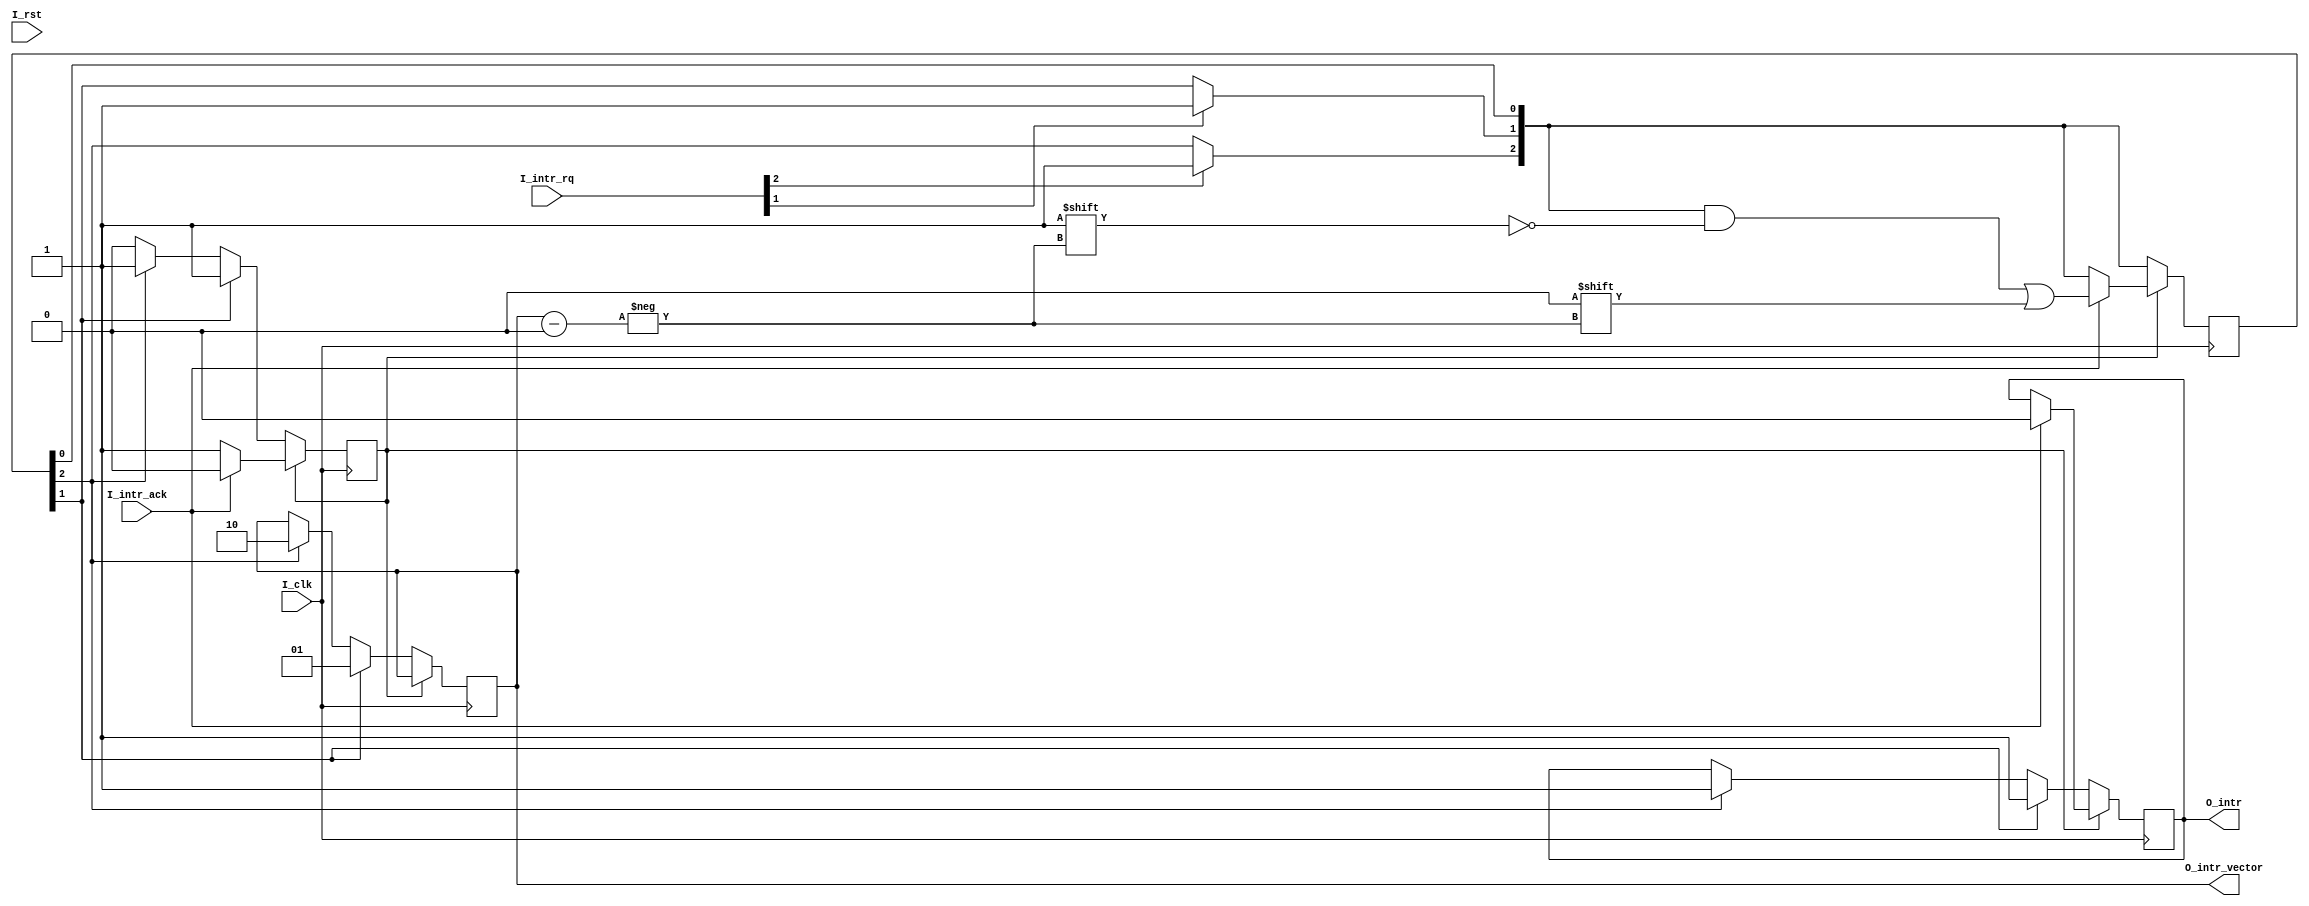
module intr_controller(
         input I_clk,
         input I_rst,
         input [2:0] I_intr_rq,
         input I_intr_ack,
         output reg O_intr = 0,
         output reg [1:0] O_intr_vector = 0
       );

reg wait_state = 0;
reg [2:0] intr_rq = 0;

always @(posedge I_clk) begin
  if (I_intr_rq[1]) begin
    intr_rq[1] <= 1;
  end
  if (I_intr_rq[2]) begin
    intr_rq[2] <= 1;
  end
  if (wait_state) begin
    if (I_intr_ack) begin
      wait_state <= 0;
      intr_rq[O_intr_vector] <= 0;
      O_intr <= 0;
    end
  end
  else begin
    if(intr_rq[1]) begin
      O_intr <= 1;
      O_intr_vector <= 1;
      wait_state <= 1;
      $display("intr_contr 1 is called vector = %d", O_intr_vector);
    end
    else if (intr_rq[2]) begin
      O_intr <= 1;
      O_intr_vector <= 2;
      wait_state <= 1;
      $display("intr_contr 2 is called vector = %d", O_intr_vector);
    end
  end
end
endmodule